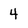
Character: 4